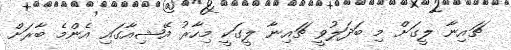
ޗައިނާ ލީގަށް މި ބަދަލުވީ ޗައިނާ ލީގަކީ މިހާރު އޭޝިއާގައި އެންމެ ބާރަށް